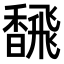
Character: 𫗿